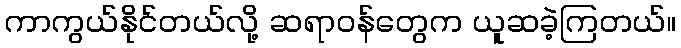
ကာကွယ်နိုင်တယ်လို့ ဆရာဝန်တွေက ယူဆခဲ့ကြတယ်။